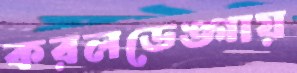
করলডেঙ্গায়